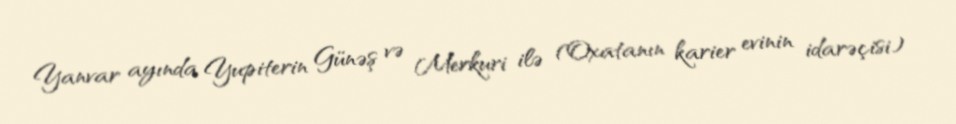
Yanvar ayında Yupiterin Günəş və Merkuri ilə (Oxatanın karier evinin idarəçisi)